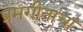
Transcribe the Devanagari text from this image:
प्रेमगीताचा